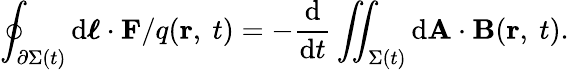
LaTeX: \oint_{\partial\Sigma(t)}\mathrm{d}{\boldsymbol{\ell}}\cdot\mathbf{F}/q(\mathbf{r},\ t)=-{\frac{\mathrm{d}}{\mathrm{d}t}}\iint_{\Sigma(t)}\mathrm{d}\mathbf{A}\cdot\mathbf{B}(\mathbf{r},\ t).